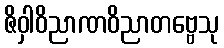
ဇိဝှါဝိညာဏဝိညာတဗ္ဗေသု